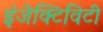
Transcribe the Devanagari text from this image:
इंजेक्टिविटी